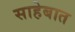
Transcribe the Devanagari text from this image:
साहेबात